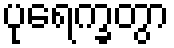
ပုရေက္ခတွာ